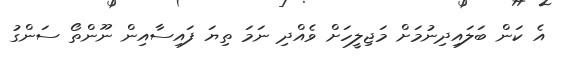
އެ ކަން ބަލައިދިނުމަށް މަޖިލީހަށް ވެއްދި ނަމަ ތިޔަ ފައިސާއިން ނޫންތޯ ސަންގު